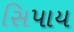
સિપાય